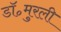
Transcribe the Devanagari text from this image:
डॉ॰मुरली